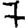
Digit: 7